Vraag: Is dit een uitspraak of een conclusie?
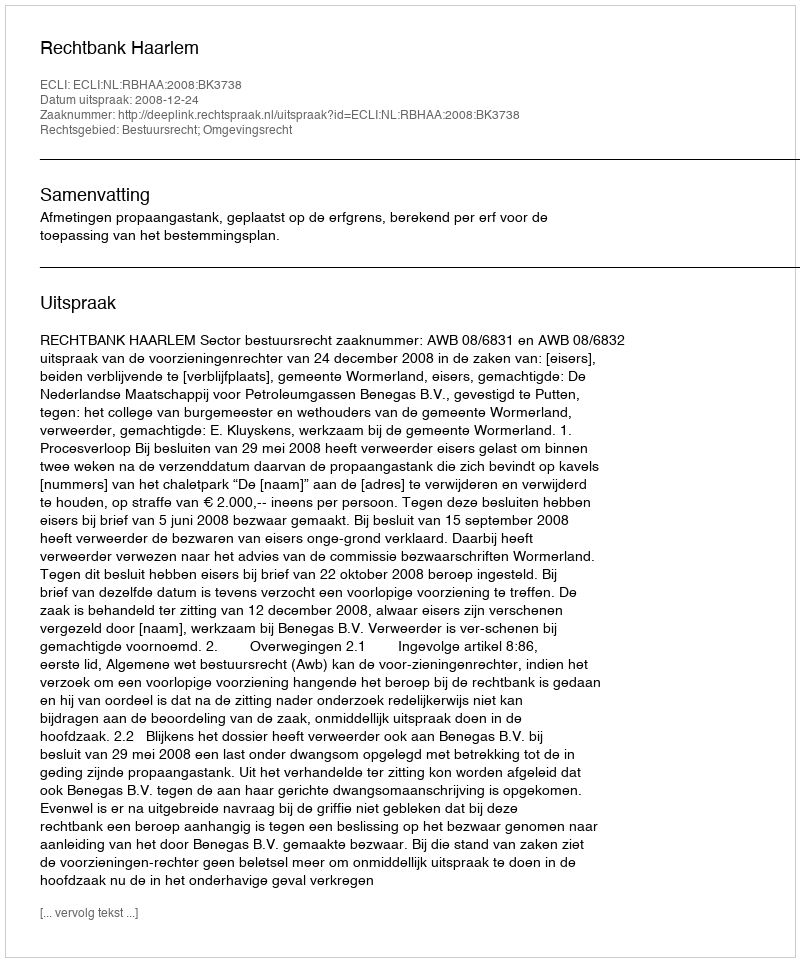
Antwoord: Uitspraak